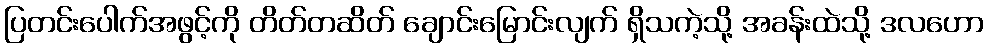
ပြတင်းပေါက်အဖွင့်ကို တိတ်တဆိတ် ချောင်းမြောင်းလျက် ရှိသကဲ့သို့ အခန်းထဲသို့ ဒလဟော